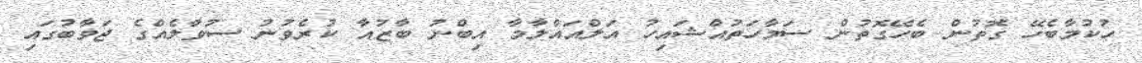
ހުކުމާބެހޭ ގޮތުން ބެހޭގޮތުން ސަމާހަތުއްޝައިހު އަލްއައްލާމާ އިބްނު ބާޒުއާ ކުރެވުނު ސުވާލެއްގެ ޖަވާބުގައި